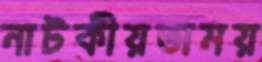
নাটকীয়তাময়